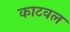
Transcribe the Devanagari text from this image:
काटवल